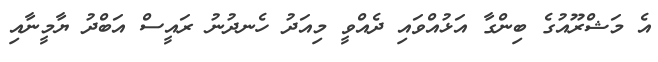
އެ މަޝްރޫއުގެ ބިންގާ އަޅުއްވައި ދެއްވީ މިއަދު ހެނދުނު ރައީސް އަބްދު ޔާމީނާއި